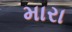
મારા